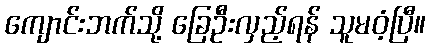
ကျောင်းဘက်သို့ ခြေဦးလှည့်ရန် သူမဝံ့ပြီ။